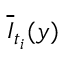
\overline { { I } } _ { t _ { i } } ( y )